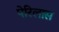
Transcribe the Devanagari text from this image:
पेरिलास